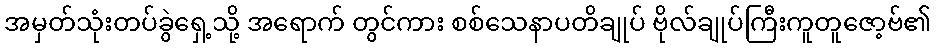
အမှတ်သုံးတပ်ခွဲရှေ့သို့ အရောက် တွင်ကား စစ်သေနာပတိချုပ် ဗိုလ်ချုပ်ကြီးကူတူဇော့ဗ်၏